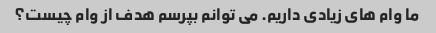
ما وام های زیادی داریم. می توانم بپرسم هدف از وام چیست؟